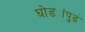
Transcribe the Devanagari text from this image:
घोड्यांपुढं